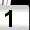
Digit: 1